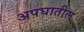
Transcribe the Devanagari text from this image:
अपघातील